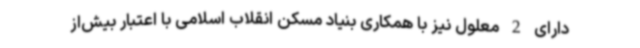
دارای 2 معلول نیز با همکاری بنیاد مسکن انقلاب اسلامی با اعتبار بیش‌از